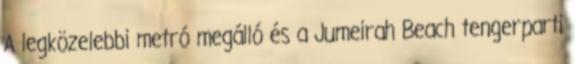
A legközelebbi metró megálló és a Jumeirah Beach tengerparti